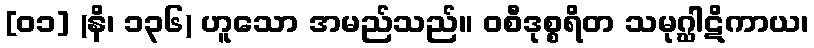
[၀၁] (နိ၊ ၁၃၆) ဟူသော အမည်သည်။ ဝစီဒုစ္စရိတ သမုဂ္ဃါဋိကာယ၊